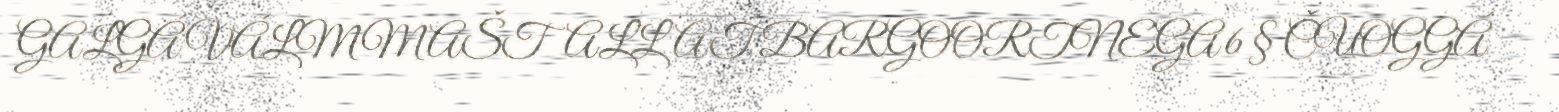
GALGÁ VÁLMMAŠTALLAT BARGOORTNEGA 6 § ČUOGGÁ